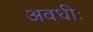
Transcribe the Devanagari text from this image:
अवधीः